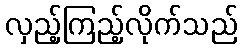
လှည့်ကြည့်လိုက်သည်